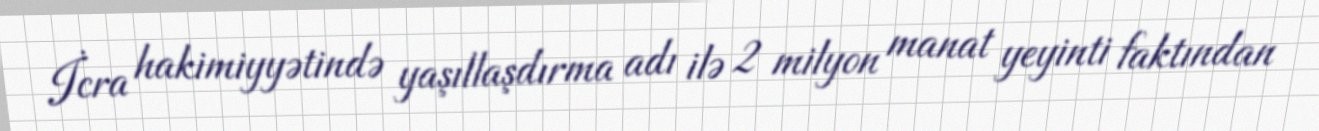
İcra hakimiyyətində yaşıllaşdırma adı ilə 2 milyon manat yeyinti faktından